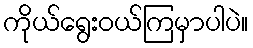
ကိုယ်ရွေးဝယ်ကြမှာပါပဲ။